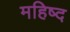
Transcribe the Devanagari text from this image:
महिष्द